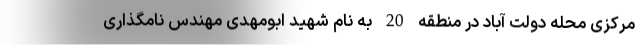
مرکزی محله دولت آباد در منطقه 20 به نام شهید ابومهدی مهندس نامگذاری